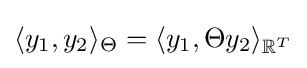
\langle y_{1},y_{2}\rangle _{\Theta }=\langle y_{1},\Theta y_{2}\rangle _{\mathbb {R} ^{T}}